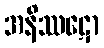
အနိဿဋော